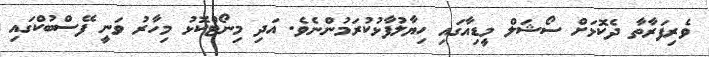
ވެރިފަރާތާ ދެކޮޅަށް ސޯޝަލް މީޑިއާގައި ހިޔާލުފާޅުކުރަމުންނެވެ. އަދި މިނޯޓްކޮޅު މިހާރު ވަނީ ފޭސްބުކްގައި